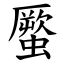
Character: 蟨